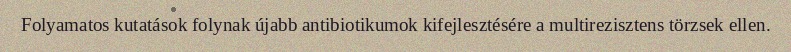
Folyamatos kutatások folynak újabb antibiotikumok kifejlesztésére a multirezisztens törzsek ellen.